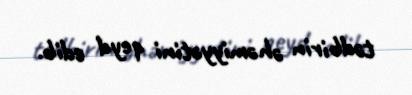
tədbirin əhəmiyyətini qeyd edib.